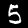
Label: 5